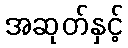
အဆုတ်နှင့်